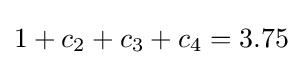
1+c_{2}+c_{3}+c_{4}=3.75